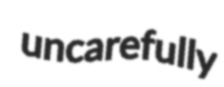
uncarefully